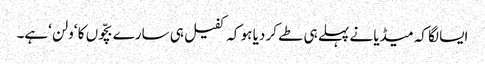
ایسا لگا کہ میڈیا نے پہلے ہی طے کر دیا ہو کہ کفیل ہی سارے بچّوں کا ‘ولن ‘ہے۔